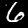
Digit: 6